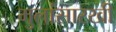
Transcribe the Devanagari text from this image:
मुलांसारखी